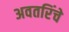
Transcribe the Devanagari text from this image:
अवतरिंचे